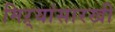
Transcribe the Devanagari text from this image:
मिऱ्यांसारखी